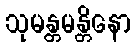
သုမန္တမန္တိနော